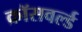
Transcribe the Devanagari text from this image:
क्रॉसवर्ल्ड